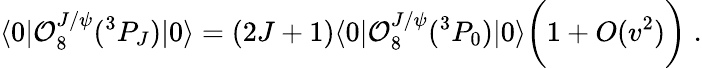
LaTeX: \langle 0|{\cal O}_{8}^{J/\psi}({}^{3}P_{J})|0\rangle=(2J+1)\langle 0|{\cal O}_{8}^{J/\psi}({}^{3}P_{0})|0\rangle\bigg(1+O(v^{2})\bigg)\; .